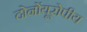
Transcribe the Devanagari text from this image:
दोनोंयूरोपीय